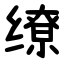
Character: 缭